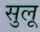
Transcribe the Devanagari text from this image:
सुलू